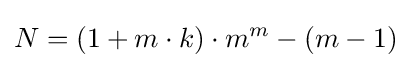
N=(1+m\cdot k)\cdot m^{m}-(m-1)